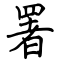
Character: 署